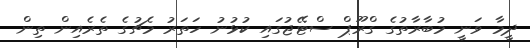
ދީމާ ވަނީ މުބާރާތުގެ ގްރޫޕް ސްޓޭޖުގައި ކުޅުނު ހަތަރު މެޗުގެ ތެރެއިން ތިން